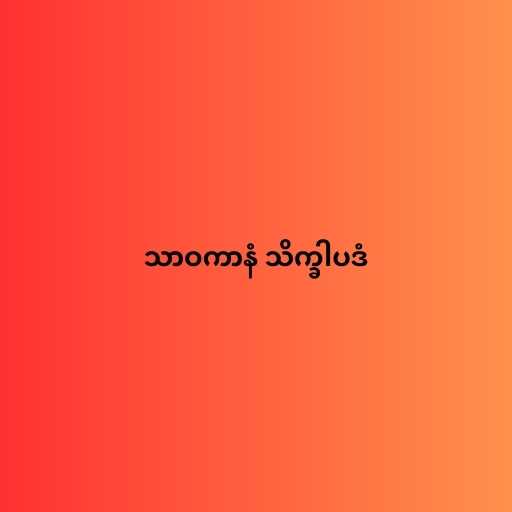
သာဝကာနံ သိက္ခါပဒံ